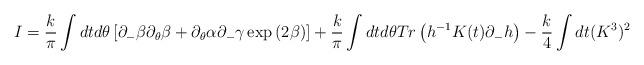
LaTeX: \begin{align*}I = \frac{k}{\pi}\int dt d\theta \left[ \partial_- \beta \partial_\theta \beta+ \partial_\theta \alpha \partial_- \gamma \exp{(2 \beta)} \right]+ \frac{k}{\pi} \int dt d\theta Tr\left(h^{-1} K(t) \partial_- h \right)- \frac{k}{4} \int dt (K^3)^2\end{align*}